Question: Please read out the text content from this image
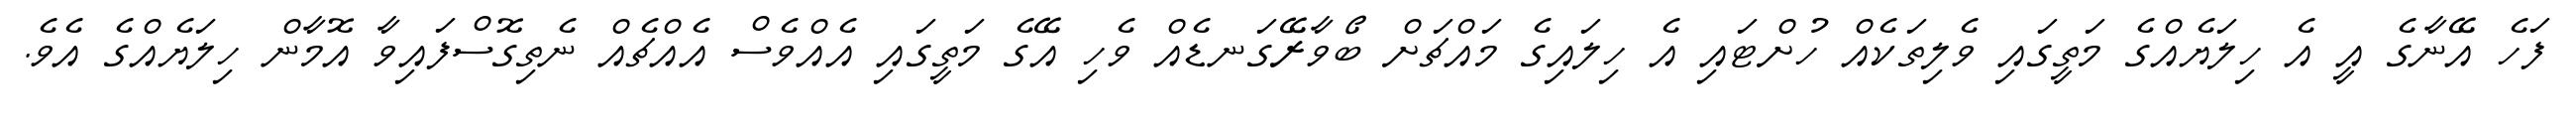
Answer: ފަހެ އޭނާގެ އީ އެ ހިލަޔެއްގެ މަތީގައި ވެލިތަކެއް ހުށްޓައި އެ ހިލައިގެ މައްޗަށް ބޯވާރޭގަނޑެއް ވެހި އޭގެ މަތީގައި އެއްވެސް އެއްޗެއް ނެތިގޮސްފައިވާ އޮމާން ހިލަޔެއްގެ އެވެ.